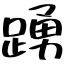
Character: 踴